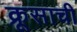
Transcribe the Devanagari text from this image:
क्रूसाची